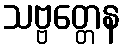
သဗ္ဗတ္တေန